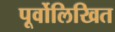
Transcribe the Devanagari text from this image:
पूर्वोलिखित